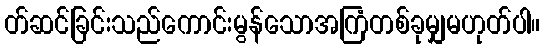
တ်ဆင်ခြင်းသည်ကောင်းမွန်သောအကြံတစ်ခုမျှမဟုတ်ပါ။